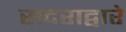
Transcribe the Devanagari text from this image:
सदराद्वारे